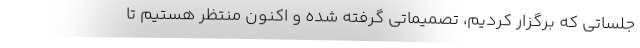
جلساتی که برگزار کردیم، تصمیماتی گرفته شده و اکنون منتظر هستیم تا